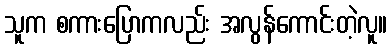
သူက စကားပြောကလည်း အလွန်ကောင်းတဲ့လူ။